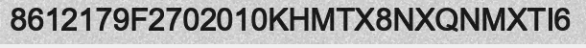
8612179F2702010KHMTX8NXQNMXTI6